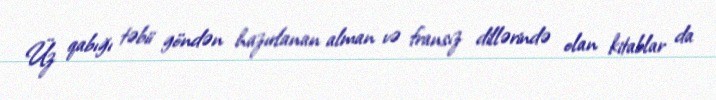
Üz qabığı təbii göndən hazırlanan alman və fransız dillərində olan kitablar da